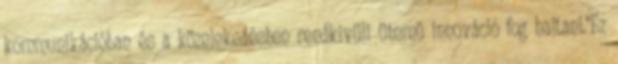
kommunikációban és a közelekedésben rendkívüli ütemű innováció fog hajtani."Ez